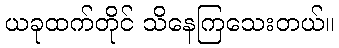
ယခုထက်တိုင် သိနေကြသေးတယ်။